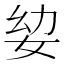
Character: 𭑵